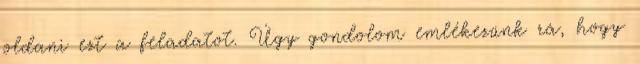
oldani ezt a feladatot. Úgy gondolom emlékezünk rá, hogy